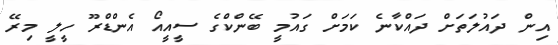
އިން ދައުލަތަށް ދައްކާނެ ކަމަށް ގައުމީ ބޭންކްގެ ސީއީއޯ އެންޑްރޫ ހީލީ މިރޭ